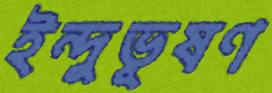
ইন্দুভূষণ